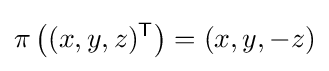
\pi \left((x,y,z)^{\mathsf {T}}\right)=(x,y,-z)